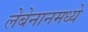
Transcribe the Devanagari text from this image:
लेबेनानमध्ये